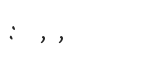
: